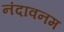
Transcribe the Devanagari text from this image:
नंदावनम